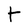
Character: t